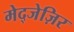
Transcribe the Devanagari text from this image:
मेद्जेज़िर